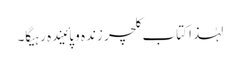
لہٰذا کتاب کلچر زندہ و پائیندہ رہیگا۔